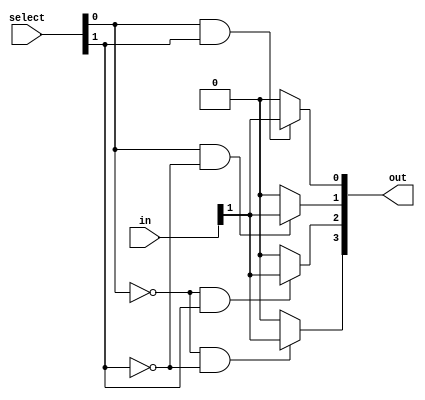
module demux_2to4 (
    input [1:0] in,
    input [1:0] select,
    output [3:0] out
);

assign out[0] = (select[0] & select[1]) ? in[1] : 1'b0;
assign out[1] = (select[0] & ~select[1]) ? in[1] : 1'b0;
assign out[2] = (~select[0] & select[1]) ? in[1] : 1'b0;
assign out[3] = (~select[0] & ~select[1]) ? in[1] : 1'b0;

endmodule